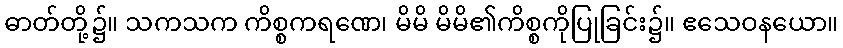
ဓာတ်တို့၌။ သကသက ကိစ္စကရဏေ၊ မိမိ မိမိ၏ကိစ္စကိုပြုခြင်း၌။ ဧသေဝနယော။